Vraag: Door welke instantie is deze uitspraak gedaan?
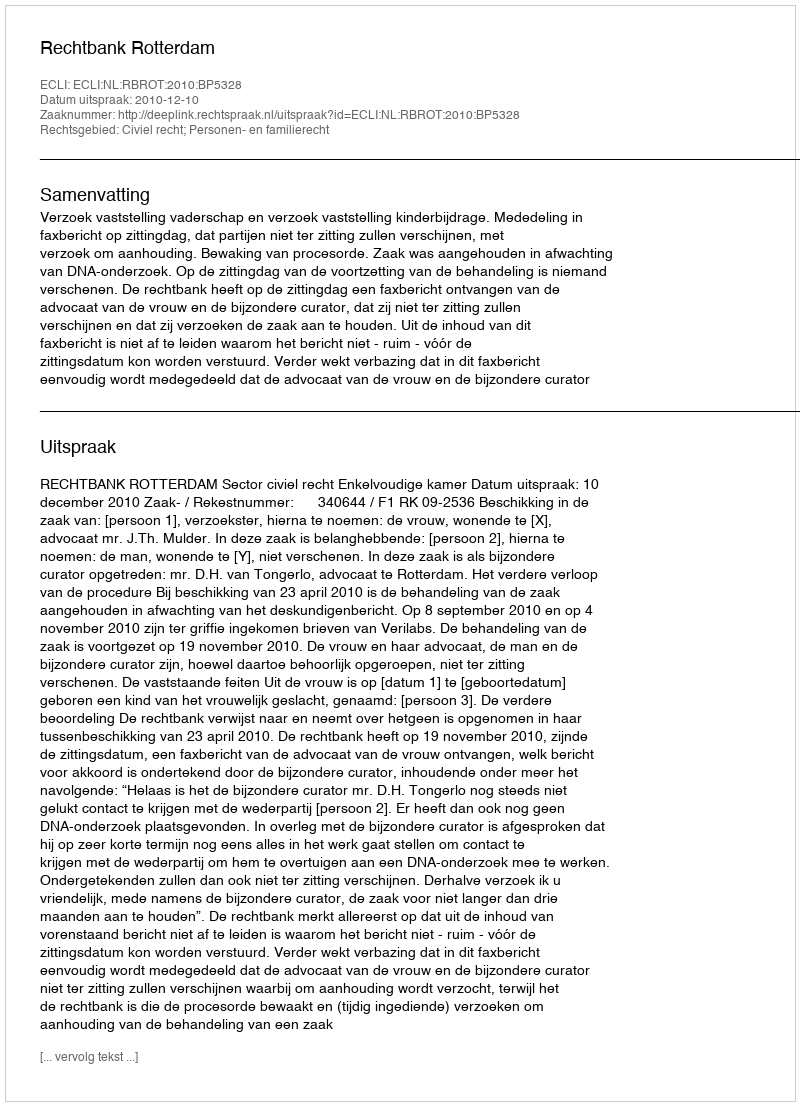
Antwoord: Rechtbank Rotterdam